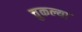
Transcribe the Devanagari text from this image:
चुकल्या